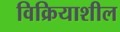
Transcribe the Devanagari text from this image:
विक्रियाशील